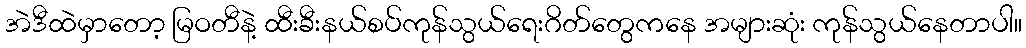
အဲဒီထဲမှာတော့ မြဝတီနဲ့ ထီးခီးနယ်စပ်ကုန်သွယ်ရေးဂိတ်တွေကနေ အများဆုံး ကုန်သွယ်နေတာပါ။